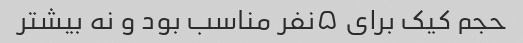
حجم کیک برای ۵نفر مناسب بود و نه بیشتر